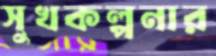
সুখকল্পনার